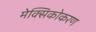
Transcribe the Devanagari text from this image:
मेक्सिकोकरण